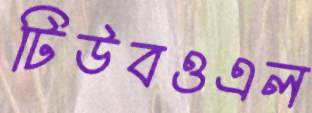
টিউবওএল